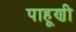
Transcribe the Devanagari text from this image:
पाहूणी